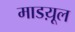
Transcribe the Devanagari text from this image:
माडय़ूल